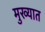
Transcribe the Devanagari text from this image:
मुख्यात